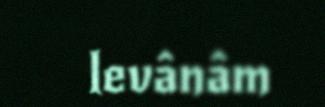
levânâm